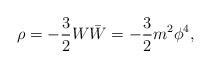
LaTeX: \begin{align*}\rho =- \frac 3 2 W \bar W =-\frac 3 2 m^2 \phi ^4 ,\end{align*}